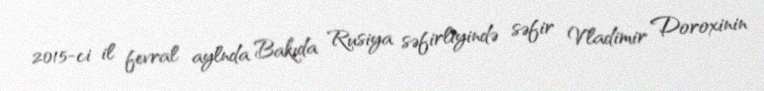
2015-ci il fevral aylnda Bakıda Rusiya səfirliyində səfir Vladimir Doroxinin